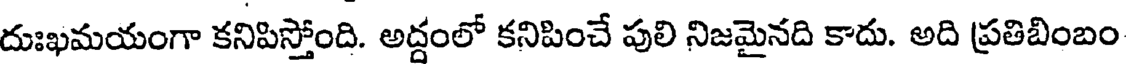
దుఃఖమయంగా కనిపిస్తోంది. అద్దంలో కనిపించే పులి నిజమైనది కాదు. అది ప్రతిబింబం